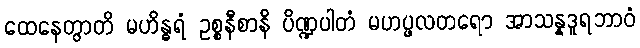
ထေနေတွာတိ မဟိန္ဓရံ ဥစ္စနီစာနိ ပိဏ္ဍပါတံ မဟပ္ဖလတရော အာသန္နဒူရဘာဝံ